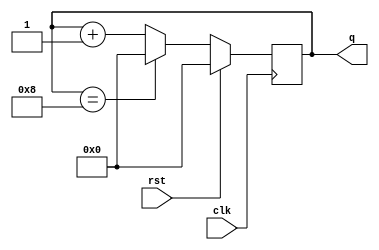
module mod9_counter(
input clk,rst,
output reg [3:0]q
);

always@(posedge clk)
begin
if(rst)
	q <= 4'b0000;

else
begin	
if(q == 4'b1000)
	q <= 4'b0000;
else 
	q <= q+1;
end
end

endmodule